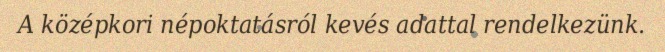
A középkori népoktatásról kevés adattal rendelkezünk.